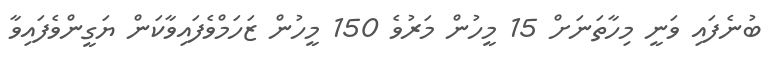
ބުނެފައި ވަނީ މިހާތަނަށް 15 މީހުން މަރުވެ 150 މީހުން ޒަހަމްވެފައިވާކަން ޔަގީންވެފައިވާ